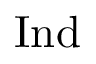
\mathrm { I n d }